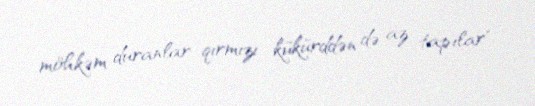
möhkəm duranlar qırmızı kükürddən də az tapılar".